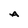
Character: A